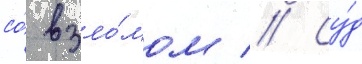
со́ взло́мом // Су́д